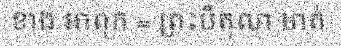
ខាង អាពុក = ព្រះបិតុលា មាត់